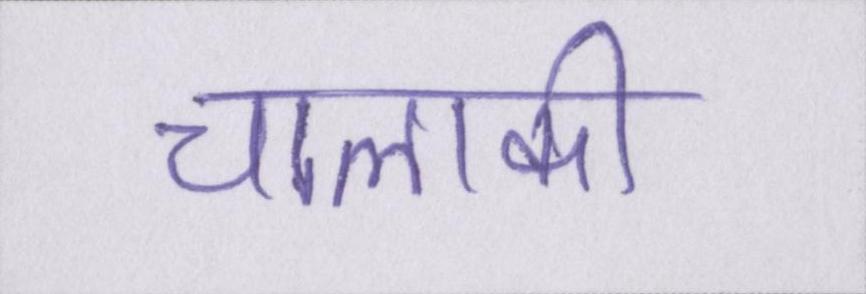
चालाकी